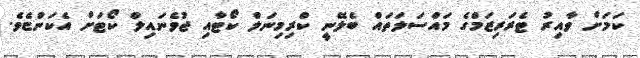
ކަމަށް ވާއިރު ޓެރަރިޒަމްގެ މައްސަލަތައް ބެލޭނީ ކްރިމިނަލް ކޯޓާއި ޖުވެނައިލް ކޯޓަށް އެކަންޏެވެ.